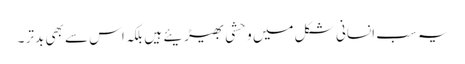
یہ سب انسانی شکل میں وحشی بھیڑیئے ہیں بلکہ اس سے بھی بدتر ۔